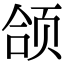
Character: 颌